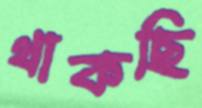
থাকছি